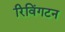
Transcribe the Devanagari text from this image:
रिविंगटन